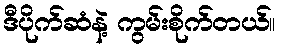
ဒီပိုက်ဆံနဲ့ ကွမ်းစိုက်တယ်။